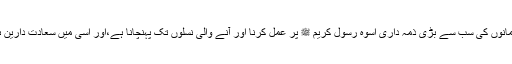
مسلمانوں کی سب سے بڑی ذمہ داری اسوہ رسول کریم ﷺ پر عمل کرنا اور آنے والی نسلوں تک پہنچانا ہے،اور اسی میں سعادت دارین ہے۔